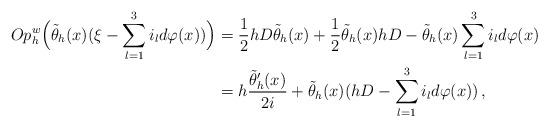
LaTeX: \begin{align*} Op_h^w\Big(\tilde{\theta}_h(x) (\xi -\sum_{l=1}^3 i_l d\varphi(x))\Big) & = \frac{1}{2} hD \tilde{\theta}_h(x) + \frac{1}{2}\tilde{\theta}_h(x) hD - \tilde{\theta}_h(x)\sum_{l=1}^3 i_l d\varphi(x) \\& = h\frac{\tilde{\theta}'_h(x)}{2i} + \tilde{\theta}_h(x) (hD -\sum_{l=1}^3 i_l d\varphi(x))\,,\end{align*}